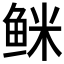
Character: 𲍐